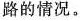
路的情况。